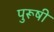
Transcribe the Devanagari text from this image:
पुरूषी